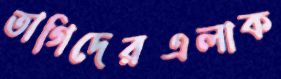
তাগিদেরএলাক